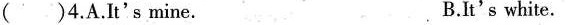
( ) 4. A. It's mine. B. It's white.